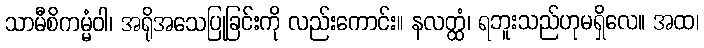
သာမီစိကမ္မံဝါ၊ အရိုအသေပြုခြင်းကို လည်းကောင်း။ နလတ္ထံ၊ ရဘူးသည်ဟုမရှိလေ။ အထ၊